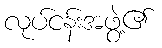
လုပ်ငန်းအဖွဲ့၏